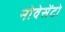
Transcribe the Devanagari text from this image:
नोवेसेंटो